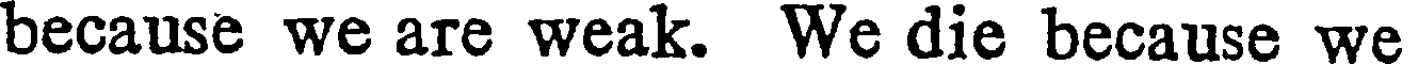
because we are weak. We die because we